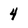
Character: 4